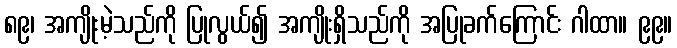
၈၉၊ အကျိုးမဲ့သည်ကို ပြုလွယ်၍ အကျိုးရှိသည်ကို အပြုခက်ကြောင်း ဂါထာ။ ၉၉။